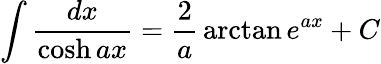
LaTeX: \int{\frac{dx}{\cosh ax}}={\frac{2}{a}}\arctan e^{ax}+C